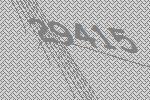
29415